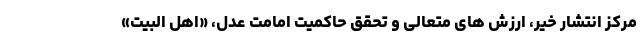
مرکز انتشار خیر، ارزش های متعالی و تحقق حاکمیت امامت عدل، «اهل البیت»